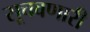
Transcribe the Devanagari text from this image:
सूचवणारी